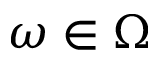
\omega \in \Omega